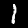
Digit: 1